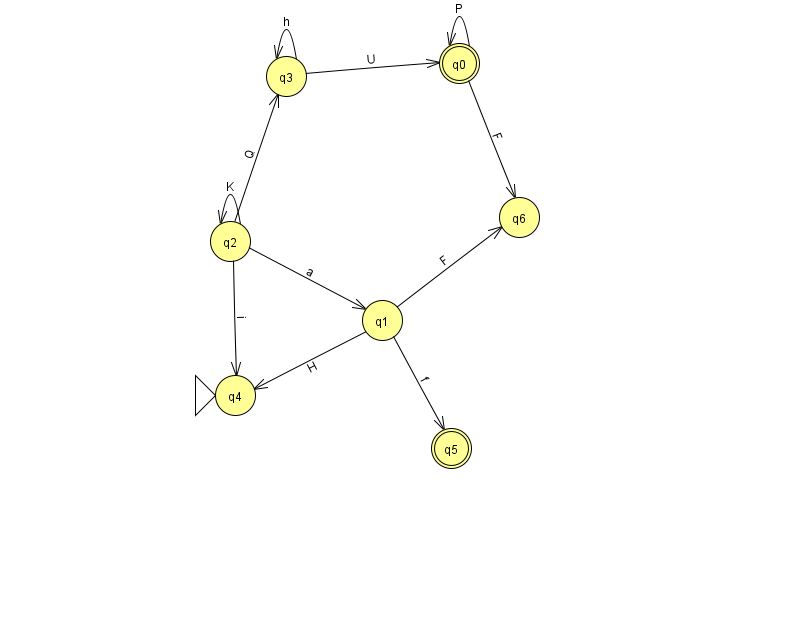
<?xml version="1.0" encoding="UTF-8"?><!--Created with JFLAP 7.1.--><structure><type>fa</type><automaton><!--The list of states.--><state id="0" name="q0"><x>459.0</x><y>50.0</y><final/></state><state id="1" name="q1"><x>382.0</x><y>307.0</y></state><state id="2" name="q2"><x>230.0</x><y>228.0</y></state><state id="3" name="q3"><x>286.0</x><y>63.0</y></state><state id="4" name="q4"><x>235.0</x><y>382.0</y><initial/></state><state id="5" name="q5"><x>451.0</x><y>435.0</y><final/></state><state id="6" name="q6"><x>519.0</x><y>204.0</y></state><!--The list of transitions.--><transition><from>0</from><to>0</to><read>P</read></transition><transition><from>1</from><to>5</to><read>f</read></transition><transition><from>1</from><to>6</to><read>F</read></transition><transition><from>2</from><to>4</to><read>i</read></transition><transition><from>1</from><to>4</to><read>H</read></transition><transition><from>3</from><to>3</to><read>h</read></transition><transition><from>2</from><to>3</to><read>Q</read></transition><transition><from>2</from><to>2</to><read>K</read></transition><transition><from>2</from><to>1</to><read>a</read></transition><transition><from>3</from><to>0</to><read>U</read></transition><transition><from>0</from><to>6</to><read>F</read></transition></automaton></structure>